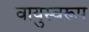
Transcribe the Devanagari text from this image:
वायुस्वरूप